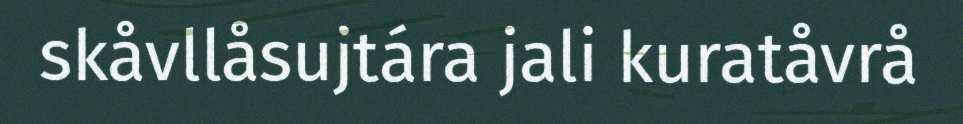
skåvllåsujtára jali kuratåvrå